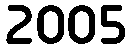
2005